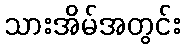
သားအိမ်အတွင်း